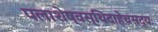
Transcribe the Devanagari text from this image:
पलाशेष्वस्थिदाहेचसद्यः